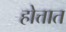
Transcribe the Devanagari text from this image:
होत्तात